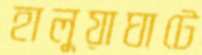
হালুয়াঘাটে